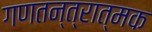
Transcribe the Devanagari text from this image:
गणतन्त्रात्मक